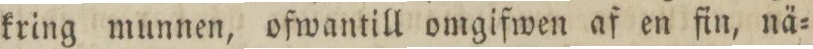
kring munnen, ofwantill omgifwen af en fin, nä=